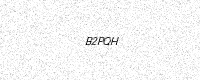
Text: B2PQH